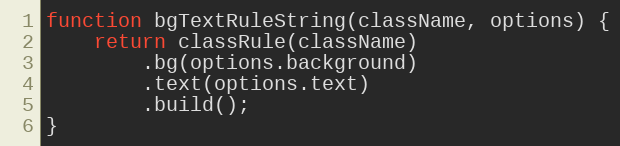
Language: JavaScript
function bgTextRuleString(className, options) {
    return classRule(className)
        .bg(options.background)
        .text(options.text)
        .build();
}